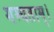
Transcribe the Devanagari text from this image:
गम्यताम्।